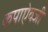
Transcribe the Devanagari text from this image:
कपाऐवजी